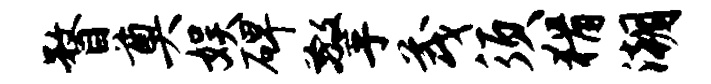
瞀奠娱碑擎茂须猾潮